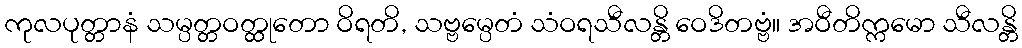
ကုလပုတ္တာနံ သမ္ပတ္တဝတ္ထုတော ဝိရတိ, သဗ္ဗမ္ပေတံ သံဝရသီလန္တိ ဝေဒိတဗ္ဗံ။ အဝီတိက္ကမော သီလန္တိ